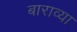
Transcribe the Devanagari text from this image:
बाराव्‍या